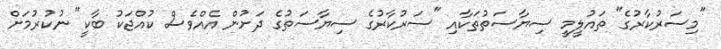
"މިސަރުކާރުގެ" ތައުލީމީ ސިޔާސަތުތަކާއި "ސަރުކާރުގެ ސިޔާސަތުގެ ދަށުން އެއްވެސް ކުއްޖަކު ބާކީ" ނުކުރުމަށް